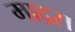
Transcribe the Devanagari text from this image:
माद्रस